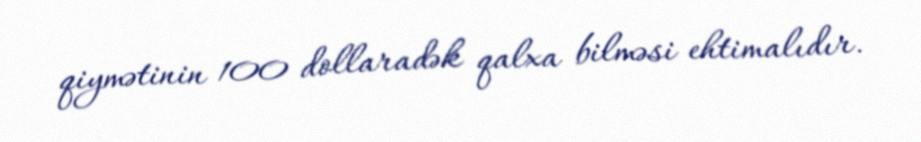
qiymətinin 100 dollaradək qalxa bilməsi ehtimalıdır.